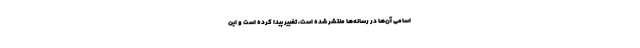
اسامی آن‌ها در رسانه‌ها منتشر شده است، تغییر پیدا کرده است و این